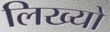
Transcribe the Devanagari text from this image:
लिख्‍यो